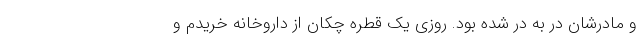
و مادرشان در به در شده بود. روزی یک قطره چکان از داروخانه خریدم و